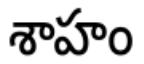
శాహం